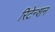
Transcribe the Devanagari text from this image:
रिटेन्शन